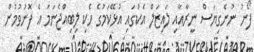
ފޯނު ނުނެގިޔަސް ނީރާއާއި ލައިޒަލް އެކުގައި އުޅޭކަމުގެ ހެކި ލިބިއްޖެނަމަ އެ ފޮނުވުމުން